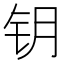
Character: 钥